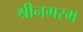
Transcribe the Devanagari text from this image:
श्रीनगरम